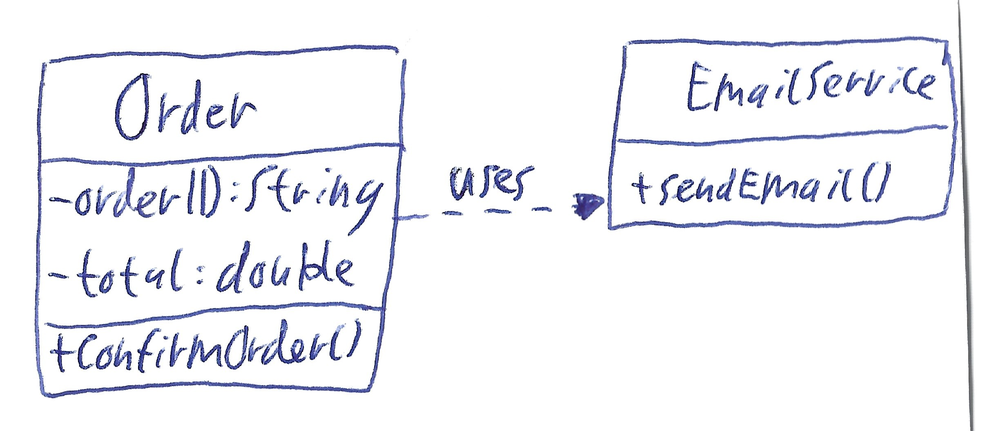
Diagram type: class_diagram
```plantuml
@startuml

class Order {
  - orderID: String
  - total: double
  + confirmOrder()
}

class EmailService {
  + sendEmail()
}

Order ..> EmailService : uses

@enduml
```